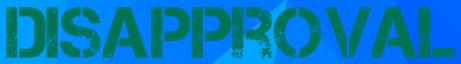
DISAPPROVAL